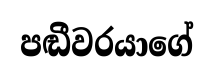
පඬීවරයාගේ